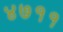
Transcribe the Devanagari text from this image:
४७११